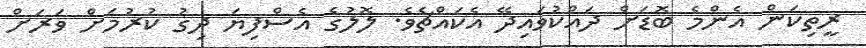
ރީތިކަން އެންމެ ބޮޑަށް ދައްކުވައިދޭ އެކައްޗެވެ. ލޮލުގެ އެސްފިޔަ ދިގު ކުރުމަށް ވަރަށް